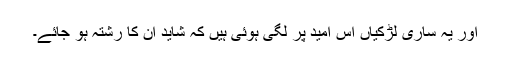
اور یہ ساری لڑکیاں اس امید پر لگی ہوئی ہیں کہ شاید ان کا رشتہ ہو جائے۔